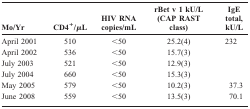
<table><thead><tr><td><b>Mo/Yr</b></td><td><b>CD4<sup>+</sup>/<i>μ</i>L</b></td><td><b>HIV RNA copies/mL</b></td><td><b>rBet v 1 kU/L (CAP RAST class)</b></td><td><b>IgE total, kU/L</b></td></tr></thead><tbody><tr><td>April 2001</td><td>510</td><td>&lt; 50</td><td>25.2(4)</td><td>232</td></tr><tr><td>April 2002</td><td>536</td><td>&lt; 50</td><td>15.7(3)</td><td></td></tr><tr><td>July 2003</td><td>521</td><td>&lt; 50</td><td>12.9(3)</td><td></td></tr><tr><td>July 2004</td><td>660</td><td>&lt; 50</td><td>15.3(3)</td><td></td></tr><tr><td>May 2005</td><td>579</td><td>&lt; 50</td><td>10.2(3)</td><td>37.3</td></tr><tr><td>June 2008</td><td>559</td><td>&lt; 50</td><td>13.5(3)</td><td>70.1</td></tr></tbody></table>